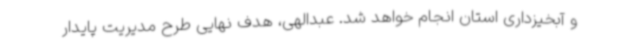
و آبخیزداری استان انجام خواهد شد. عبدالهی، هدف نهایی طرح مدیریت پایدار